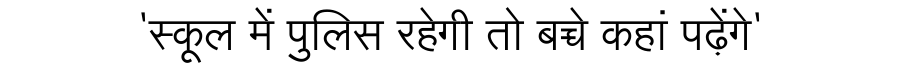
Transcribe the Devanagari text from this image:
'स्कूल में पुलिस रहेगी तो बच्चे कहां पढ़ेंगे'